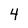
Character: 4